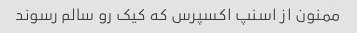
ممنون از اسنپ اکسپرس که کیک رو سالم رسوند